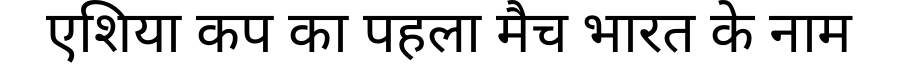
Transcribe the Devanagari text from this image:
एशिया कप का पहला मैच भारत के नाम